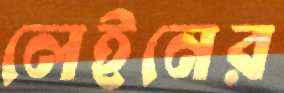
লেইনের